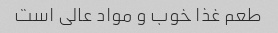
طعم غذا خوب و مواد عالی است